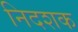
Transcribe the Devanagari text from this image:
निदशक